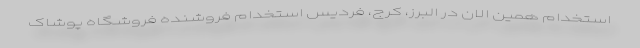
استخدام همین الان در البرز، کرج، فردیس استخدام فروشنده فروشگاه پوشاک